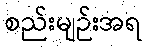
စည်းမျဉ်းအရ